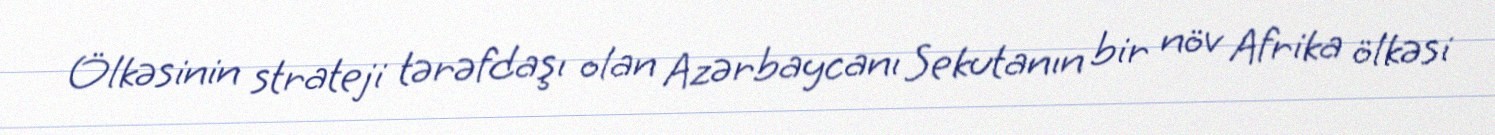
Ölkəsinin strateji tərəfdaşı olan Azərbaycanı Sekutanın bir növ Afrika ölkəsi